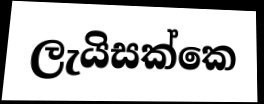
ලැයිසක්කෙ